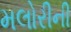
મલોરીની